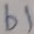
Text: b1